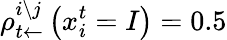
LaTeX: \rho_{t\leftarrow}^{i\setminus j}\left(x_{i}^{t}=I\right)=0.5